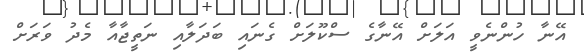
އޭނާ ހުންނެވީ އަލަށް އޭނާގެ ސްކޫލަށް ގެނައި ބަދަލާއި ނަތީޖާއާ މެދު ވަރަށް